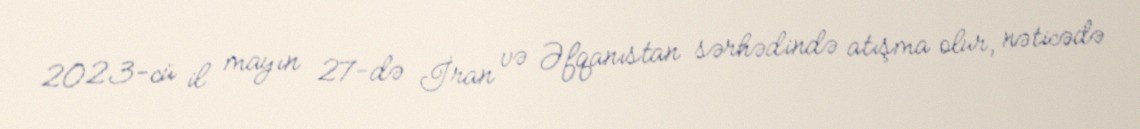
2023-cü il mayın 27-də İran və Əfqanıstan sərhədində atışma olur, nəticədə